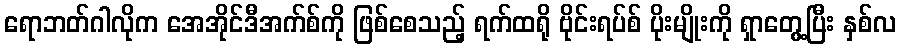
ရောဘတ်ဂါလိုက အေအိုင်ဒီအက်စ်ကို ဖြစ်စေသည့် ရက်ထရို ဗိုင်းရပ်စ် ပိုးမျိုးကို ရှာတွေ့ပြီး နှစ်လ